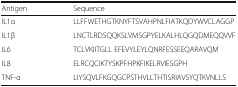
| Antigen | Sequence |
 | --- | --- |
 | IL1α | LLFFWETHGTKNYFTSVAHPNLFIATKQDYWVCLAGGP |
 | IL1β | LNCTLRDSQQKSLVMSGPYELKALHLQGQDMEQQVVF |
 | IL6 | TCLVKIITGLL EFEVYLEYLQNRFESSEEQARAVQM |
 | IL8 | ELRCQCIKTYSKPFHPKFIKELRVIESGPH |
 | TNF-α | LIYSQVLFKGQGCPSTHVLLTHTISRIAVSYQTKVNLLS |